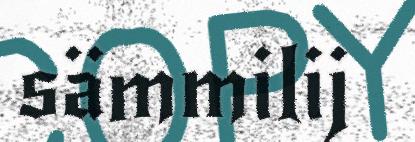
sämmilij